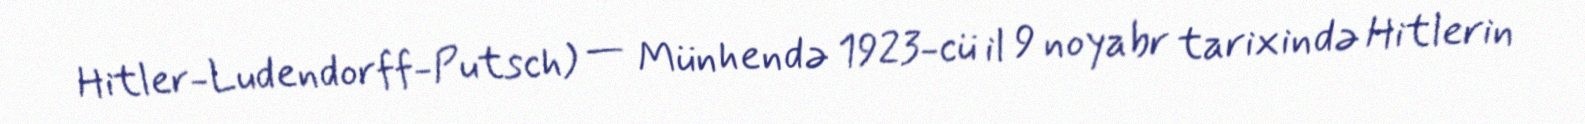
Hitler-Ludendorff-Putsch) — Münhendə 1923-cü il 9 noyabr tarixində Hitlerin